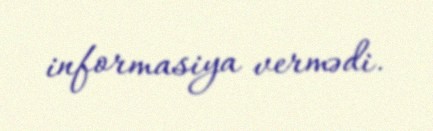
informasiya vermədi.